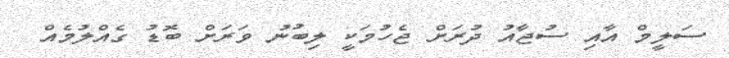
ސަލީމް އާއި ސުޖާއު ދުރަށް ޖެހުމަކީ ލިބުނު ވަރަށް ބޮޑު ގެއްލުމެއް